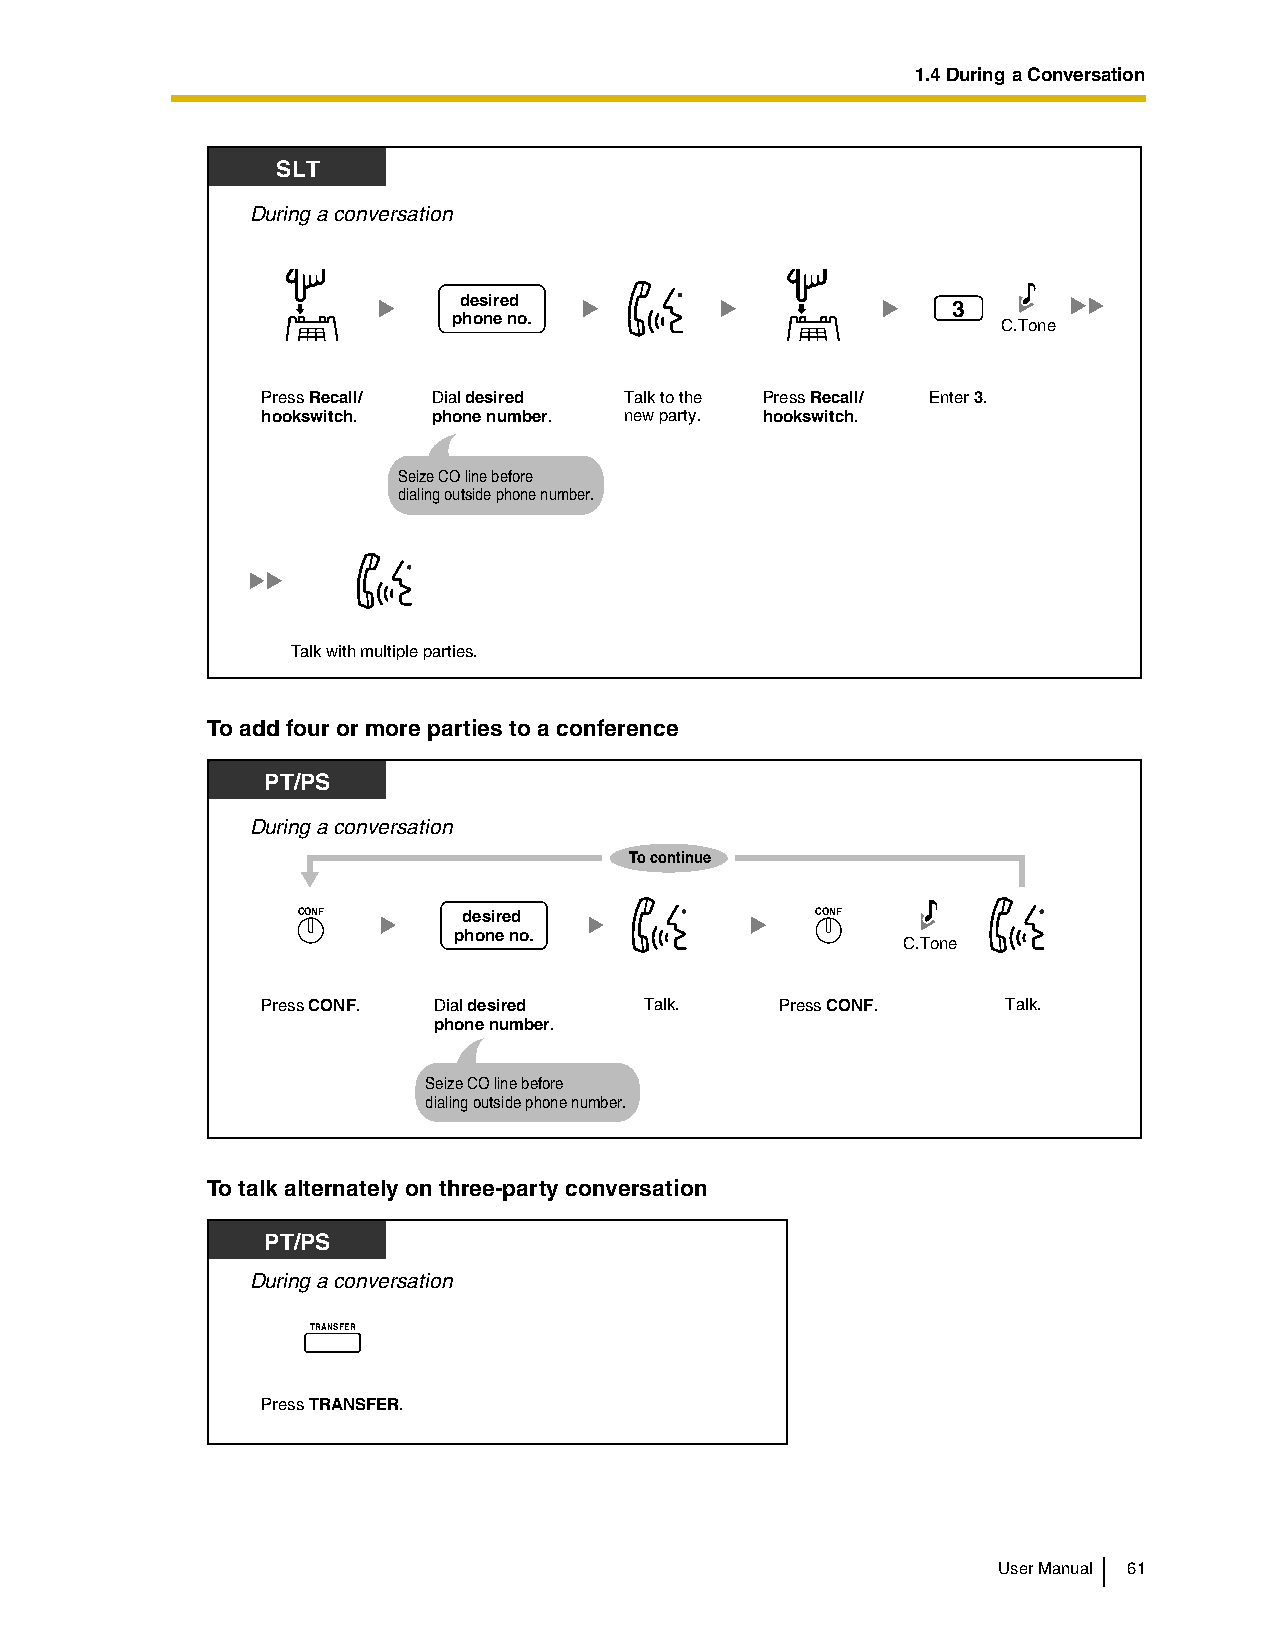
1.4 During a Conversation
 SLT
 During a conversation
 desired
 3
 phone no.
 C.Tone
 Press Recall/ Dial desired Talk to the Press Recall/ Enter 3.
 hookswitch. phone number. new party. hookswitch.
 Seize CO line before
 dialing outside phone number.
 Talk with multiple parties.
 To add four or more parties to a conference
 PT/PS
 During a conversation
 To continue
 CONF       desired                CONF
 phone no.
 C.Tone
 Press CONF. Dial desired  Talk.    Press CONF.    Talk.
 phone number.
 Seize CO line before
 dialing outside phone number.
 To talk alternately on three-party conversation
 PT/PS
 During a conversation
 TRANSFER
 Press TRANSFER.
 User Manual 61